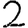
Digit: 2